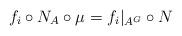
LaTeX: \begin{align*}f_i \circ N_A \circ \mu = f_i|_{A^G} \circ N\end{align*}